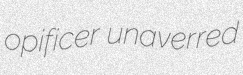
opificer unaverred